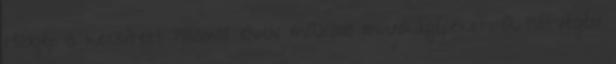
Hódgép is készített hasonló elven működő munkagépeket. A hétvégén